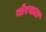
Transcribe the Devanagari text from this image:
बोरघाटा